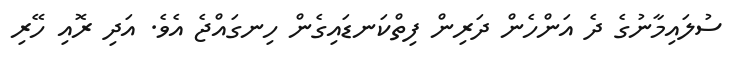
ސުލައިމާނުގެ ދެ އަންހެން ދަރިން ފިތްކަނޑައިގެން ހިނގައްޖެ އެވެ. އަދި ރޮއި ހޭރި